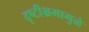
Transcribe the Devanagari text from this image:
दृष्टीभ्रमामुळे